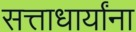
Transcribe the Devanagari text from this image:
सत्ताधार्यांना